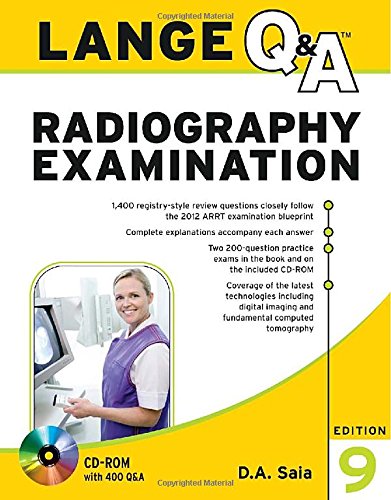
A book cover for Lange Q&A Radiography Examination, Ninth Edition; D.A. Saia; Test Preparation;